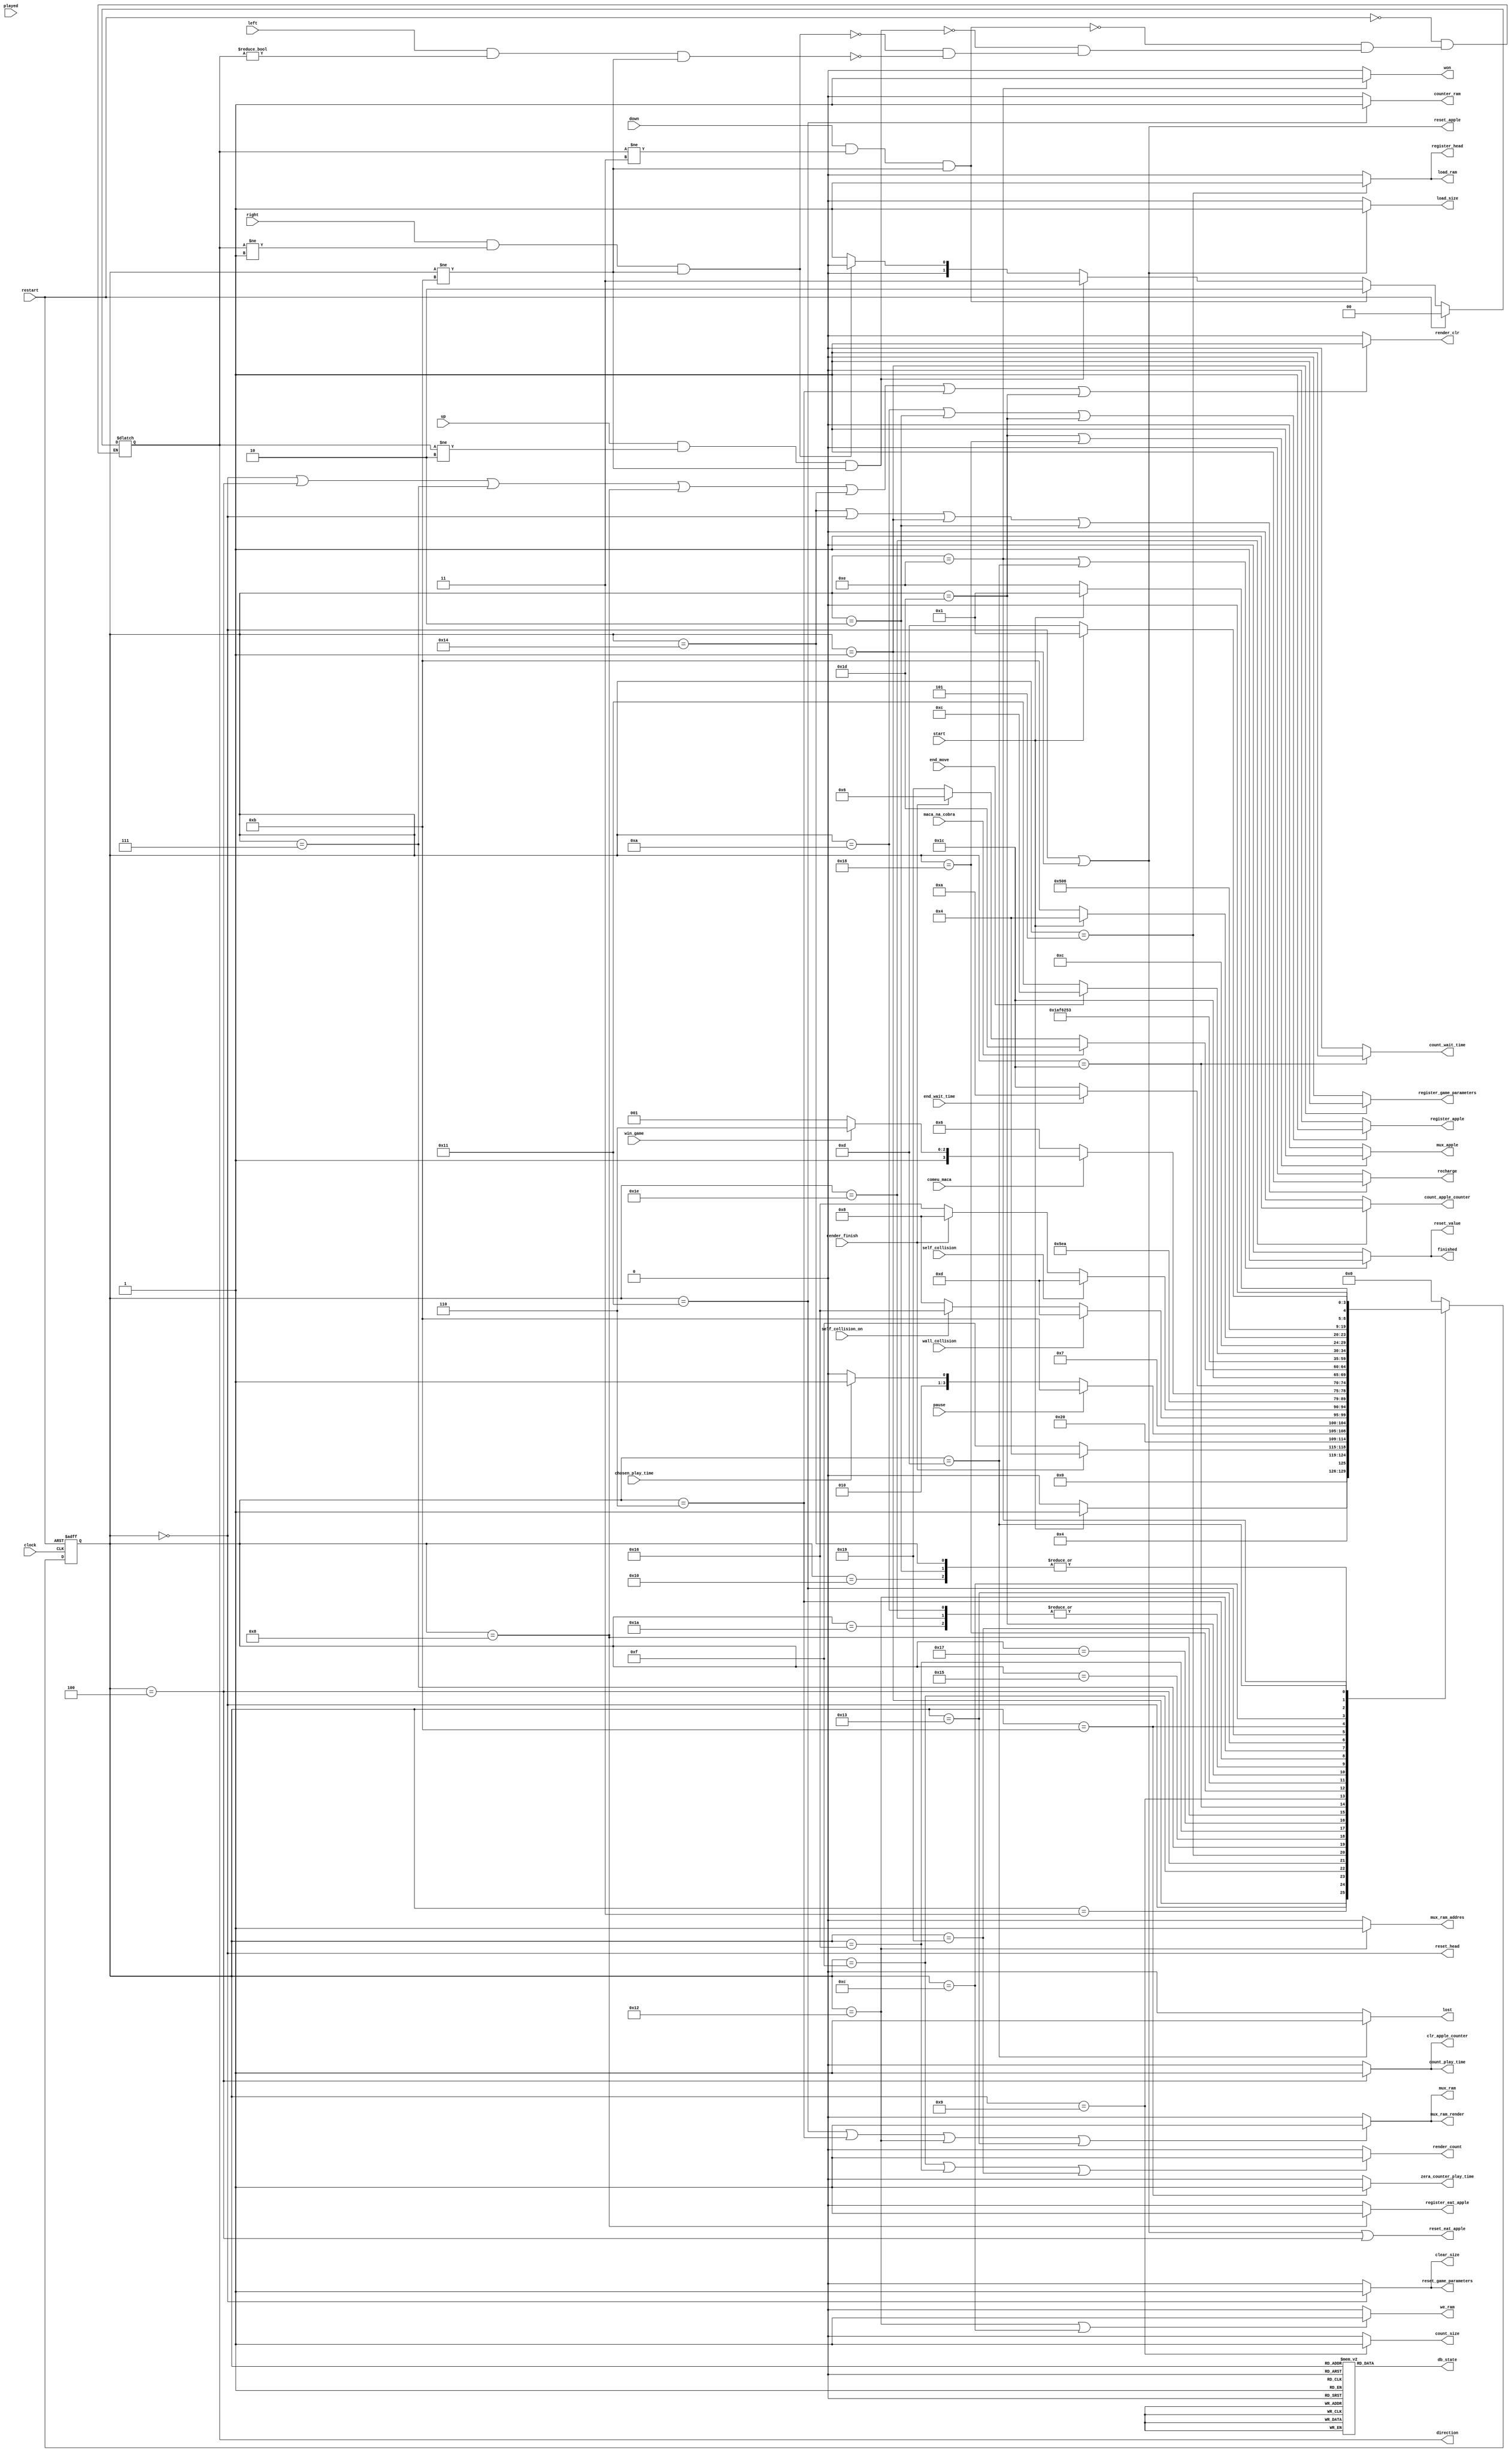
//------------------------------------------------------------------
// Arquivo   : SGA_UC.v
// Projeto   : Snake Game Arcade
//------------------------------------------------------------------
// Descricao : Unidade de controle            
//------------------------------------------------------------------
// Revisoes  :
//     Data        Versao  Autor                                          Descricao
//     08/03/2024  1.0     Erick Sousa, Joo Basseti                    versao inicial
//     13/03/2024  1.1     Erick Sousa, Joo Bassetti, Carlos Engler       Semana 2
//------------------------------------------------------------------
//

module SGA_UC (
    input      clock,
    input      restart, 
    input      start,
    input      pause,
    input      chosen_play_time,
    input      render_finish,
    input      left,
    input      right,
    input      up,
    input      down,
    input      played,
    input      end_move,
	input      comeu_maca,
    input      wall_collision,
    input      win_game,
    input      maca_na_cobra,
    input      self_collision_on,
    input      self_collision,
	input      end_wait_time,
    output reg load_size,
    output reg clear_size,
    output reg count_size,
    output reg render_clr,
    output reg render_count,
    output reg register_apple,
    output reg reset_apple,
    output reg register_eat_apple,
    output reg reset_eat_apple,
    output reg register_head,
    output reg reset_head,
    output reg finished,
    output reg won,
    output reg lost, 
    output reg count_play_time,
    output reg [4:0] db_state,
    output reg [1:0] direction,
    output reg we_ram,
    output reg mux_ram,
    output reg recharge,
    output reg clr_apple_counter,
    output reg mux_apple,
    output reg count_apple_counter,
    output reg load_ram,
    output reg counter_ram,
    output reg mux_ram_addres,
    output reg zera_counter_play_time,
    output reg register_game_parameters,
    output reg reset_game_parameters,
    output reg mux_ram_render,
	output reg count_wait_time,
	output reg reset_value
);

    // Define estados
    parameter IDLE                      = 5'b00000;  // 0
    parameter PREPARA                   = 5'b00001;  // 1
    parameter GERA_MACA_INICIAL         = 5'b00010;  // 2
    parameter RENDERIZA                 = 5'b00011;  // 3
    parameter ESPERA                    = 5'b00100;  // 4
    parameter REGISTRA                  = 5'b00101;  // 5
    parameter MOVE                      = 5'b00110;  // 6
    parameter COMPARA                   = 5'b00111;  // 7
    parameter VERIFICA_MACA             = 5'b01000;  // 8
    parameter CRESCE                    = 5'b01001;  // 9
    parameter GERA_MACA                 = 5'b01010;  // A
    parameter PAUSOU                    = 5'b01011;  // B
    parameter FEZ_NADA                  = 5'b01100;  // C
    parameter PERDEU                    = 5'b01101;  // D
    parameter GANHOU                    = 5'b01110;  // E
    parameter PROXIMO_RENDER            = 5'b01111;  // F
    parameter ATUALIZA_MEMORIA          = 5'b10000;  // G
    parameter ContaRAM                  = 5'b10001;  // h
    parameter WriteRAM                  = 5'b10010;  // i
    parameter ComparaRAM                = 5'b10011;  // j
    parameter RESETMATRIZ               = 5'b10100;  // k
    parameter COMPARASELF               = 5'b10101;  // l
    parameter CONTASELF                 = 5'b10110;  // m
    parameter ATUALIZA_MEMORIASELF      = 5'b10111;  // n
    parameter COMPARAMACA               = 5'b11000;  // o
    parameter CONTAMACA                 = 5'b11001;  // p
    parameter ATUALIZA_MEMORIAMACA      = 5'b11010;  // q
    // parameter ZERA_CONTAGEMMACA         = 5'b11011;  // r
	parameter COMEU_MACA_ESPERA         = 5'b11100;  // s
    parameter GERA_MACA_NAO_RAN         = 5'b11101;  // t
    parameter CONTA_MACA_POS            = 5'b11110;  // u

    // Variaveis de estado
    reg [4:0] Ecurrent, Enext;

    // Memoria de estado
    always @(posedge clock or posedge restart) begin
        if (restart)
            Ecurrent <= IDLE;
        else
            Ecurrent <= Enext;
    end

    // Logica de proximo estado
    always @* begin
        case (Ecurrent)
            IDLE:                   Enext = start ? PREPARA : IDLE;
            PREPARA:                Enext = GERA_MACA_INICIAL;
            GERA_MACA_INICIAL:      Enext = RENDERIZA;
            RENDERIZA:              Enext = render_finish ? ESPERA : PROXIMO_RENDER;
            PROXIMO_RENDER:         Enext = ATUALIZA_MEMORIA;
            ATUALIZA_MEMORIA:       Enext = RENDERIZA;
            ESPERA:                 Enext = pause ? PAUSOU : (chosen_play_time ? REGISTRA : ESPERA);
            REGISTRA:               Enext = COMPARA;
            COMPARA:                Enext = !wall_collision ? (self_collision_on ? CONTASELF : VERIFICA_MACA) : PERDEU;
            COMPARASELF:            Enext = !self_collision ? (render_finish ? VERIFICA_MACA : CONTASELF) : PERDEU;
            CONTASELF:              Enext = ATUALIZA_MEMORIASELF;
            ATUALIZA_MEMORIASELF:   Enext = COMPARASELF;
		    VERIFICA_MACA:          Enext = !comeu_maca ? MOVE : (win_game ? GANHOU : CRESCE);
		    COMEU_MACA_ESPERA:      Enext = end_wait_time ? GERA_MACA: COMEU_MACA_ESPERA;
		    CRESCE:                 Enext = COMEU_MACA_ESPERA;
		    GERA_MACA:              Enext = COMPARAMACA;
            COMPARAMACA:            Enext = maca_na_cobra ? GERA_MACA_NAO_RAN : (render_finish ? MOVE : CONTAMACA);
            CONTAMACA:              Enext = ATUALIZA_MEMORIAMACA;
            ATUALIZA_MEMORIAMACA:   Enext = COMPARAMACA;
            GERA_MACA_NAO_RAN:      Enext = CONTA_MACA_POS;
            CONTA_MACA_POS:         Enext = COMPARAMACA;
            MOVE:                   Enext = WriteRAM;
            WriteRAM:               Enext = ComparaRAM;
            ComparaRAM:             Enext = end_move ? FEZ_NADA : ContaRAM;
            ContaRAM:               Enext = MOVE;
            PAUSOU:                 Enext = start ? ESPERA : PAUSOU;
            FEZ_NADA:               Enext = RESETMATRIZ;
            RESETMATRIZ:            Enext = RENDERIZA;
            GANHOU:                 Enext = start ? PREPARA : GANHOU;
            PERDEU:                 Enext = start ? PREPARA : PERDEU;
            default:                Enext = IDLE;
        endcase
    end

    // Logica de saida (maquina Moore)
    always @* begin
        load_size                   = (Ecurrent == IDLE || Ecurrent == PREPARA) ? 1'b1 : 1'b0;
        clear_size                  = (Ecurrent == IDLE) ? 1'b1 : 1'b0;
        count_size                  = (Ecurrent == CRESCE) ? 1'b1 : 1'b0;
        recharge                    = (Ecurrent == RESETMATRIZ || Ecurrent == IDLE || Ecurrent == PREPARA || Ecurrent == GERA_MACA_INICIAL) ? 1'b1 : 1'b0;
        render_clr                  = (Ecurrent == IDLE || Ecurrent == ESPERA || Ecurrent == COMPARA || Ecurrent == VERIFICA_MACA || Ecurrent == RESETMATRIZ || Ecurrent == MOVE || Ecurrent == GERA_MACA_NAO_RAN) ? 1'b1 : 1'b0;
        render_count                = (Ecurrent == PROXIMO_RENDER || Ecurrent == CONTASELF || Ecurrent == CONTAMACA) ? 1'b1 : 1'b0;
        register_apple              = (Ecurrent == GERA_MACA || Ecurrent == GERA_MACA_INICIAL || Ecurrent == GERA_MACA_NAO_RAN) ? 1'b1 : 1'b0;
        reset_apple                 = (Ecurrent == IDLE || Ecurrent == PREPARA);
        register_eat_apple          = (Ecurrent == VERIFICA_MACA) ? 1'b1 : 1'b0;
        reset_eat_apple             = (Ecurrent == IDLE || Ecurrent == PREPARA || Ecurrent == ESPERA);
        register_head               = (Ecurrent == REGISTRA) ? 1'b1 : 1'b0;
        reset_head                  = (Ecurrent == IDLE);
        finished                    = (Ecurrent == GANHOU || Ecurrent == PERDEU) ? 1'b1 : 1'b0;
        won                         = (Ecurrent == GANHOU) ? 1'b1 : 1'b0;
        lost                        = (Ecurrent == PERDEU) ? 1'b1 : 1'b0;
        count_play_time             = (Ecurrent == ESPERA) ? 1'b1 : 1'b0;
		count_wait_time             = (Ecurrent == COMEU_MACA_ESPERA) ? 1'b1 : 1'b0;
        we_ram                      = (Ecurrent == WriteRAM|| Ecurrent == FEZ_NADA) ? 1'b1 : 1'b0;
        mux_ram                     = (Ecurrent == ContaRAM || Ecurrent == MOVE || Ecurrent == WriteRAM || Ecurrent == ComparaRAM) ? 1'b1 : 1'b0;
        load_ram                    = (Ecurrent == REGISTRA) ? 1'b1 : 1'b0;
        counter_ram                 = (Ecurrent == ContaRAM) ? 1'b1 : 1'b0;
        mux_ram_addres              = (Ecurrent == WriteRAM) ? 1'b1 : 1'b0;
        mux_ram_render              = (Ecurrent == ContaRAM || Ecurrent == MOVE || Ecurrent == WriteRAM || Ecurrent == ComparaRAM) ? 1'b1 : 1'b0;
        zera_counter_play_time      = (Ecurrent == PAUSOU) ? 1'b1 : 1'b0;
        register_game_parameters    = (Ecurrent == PREPARA) ? 1'b1 : 1'b0;
        reset_game_parameters       = (Ecurrent == IDLE) ? 1'b1 : 1'b0;
		reset_value                 = (Ecurrent == PERDEU || Ecurrent == GANHOU) ? 1'b1 : 1'b0;
        clr_apple_counter           = (Ecurrent == ESPERA) ? 1'b1 : 1'b0;
        mux_apple                   = (Ecurrent == GERA_MACA_NAO_RAN || Ecurrent == COMPARAMACA) ? 1'b1 : 1'b0;
        count_apple_counter         = (Ecurrent == CONTA_MACA_POS) ? 1'b1 : 1'b0;



        if (restart) begin                      
        direction <= 2'b00;                    
        end else begin
				  if (left && direction != 2'b00 && Ecurrent != PAUSOU)  
						direction <= 2'b01;
				  if (right && direction != 2'b01 && Ecurrent != PAUSOU)  
						direction <= 2'b00;
				  if (up && direction != 2'b10 && Ecurrent != PAUSOU)     
						direction <= 2'b11;                     
				  if (down && direction != 2'b11 && Ecurrent != PAUSOU)     
						direction <= 2'b10;                   
				end
        
        // Saida de depuracao (estado)
        case (Ecurrent)
            IDLE                       : db_state = 5'b00000;  // 0
            PREPARA                    : db_state = 5'b00001;  // 1
            GERA_MACA_INICIAL          : db_state = 5'b00010;  // 2
            RENDERIZA                  : db_state = 5'b00011;  // 3
            ESPERA                     : db_state = 5'b00100;  // 4
            REGISTRA                   : db_state = 5'b00101;  // 5
            MOVE                       : db_state = 5'b00110;  // 6
            COMPARA                    : db_state = 5'b00111;  // 7
            VERIFICA_MACA              : db_state = 5'b01000;  // 8
            CRESCE                     : db_state = 5'b01001;  // 9
            GERA_MACA                  : db_state = 5'b01010;  // A
            PAUSOU                     : db_state = 5'b01011;  // B
            FEZ_NADA                   : db_state = 5'b01100;  // C
            PERDEU                     : db_state = 5'b01101;  // D
            GANHOU                     : db_state = 5'b01110;  // E
            PROXIMO_RENDER             : db_state = 5'b01111;  // F
            ATUALIZA_MEMORIA           : db_state = 5'b10000;  // G
            ContaRAM                   : db_state = 5'b10001;  // h
            WriteRAM                   : db_state = 5'b10010;  // i
            ComparaRAM                 : db_state = 5'b10011;  // j
            RESETMATRIZ                : db_state = 5'b10100;  // k
            COMPARASELF                : db_state = 5'b10101;  // l
            CONTASELF                  : db_state = 5'b10110;  // m
            ATUALIZA_MEMORIASELF       : db_state = 5'b10111;  // n
            COMPARAMACA                : db_state = 5'b11000;  // o
            CONTAMACA                  : db_state = 5'b11001;  // p
            ATUALIZA_MEMORIAMACA       : db_state = 5'b11010;  // q
            // ZERA_CONTAGEMMACA          : db_state = 5'b11011;  // r
			COMEU_MACA_ESPERA          : db_state = 5'b11100;  // s
            GERA_MACA_NAO_RAN          : db_state = 5'b11101;  // t
            CONTA_MACA_POS             : db_state = 5'b11110;  // u
            default                    : db_state = 5'b00000;  // 0
        endcase
    end

endmodule